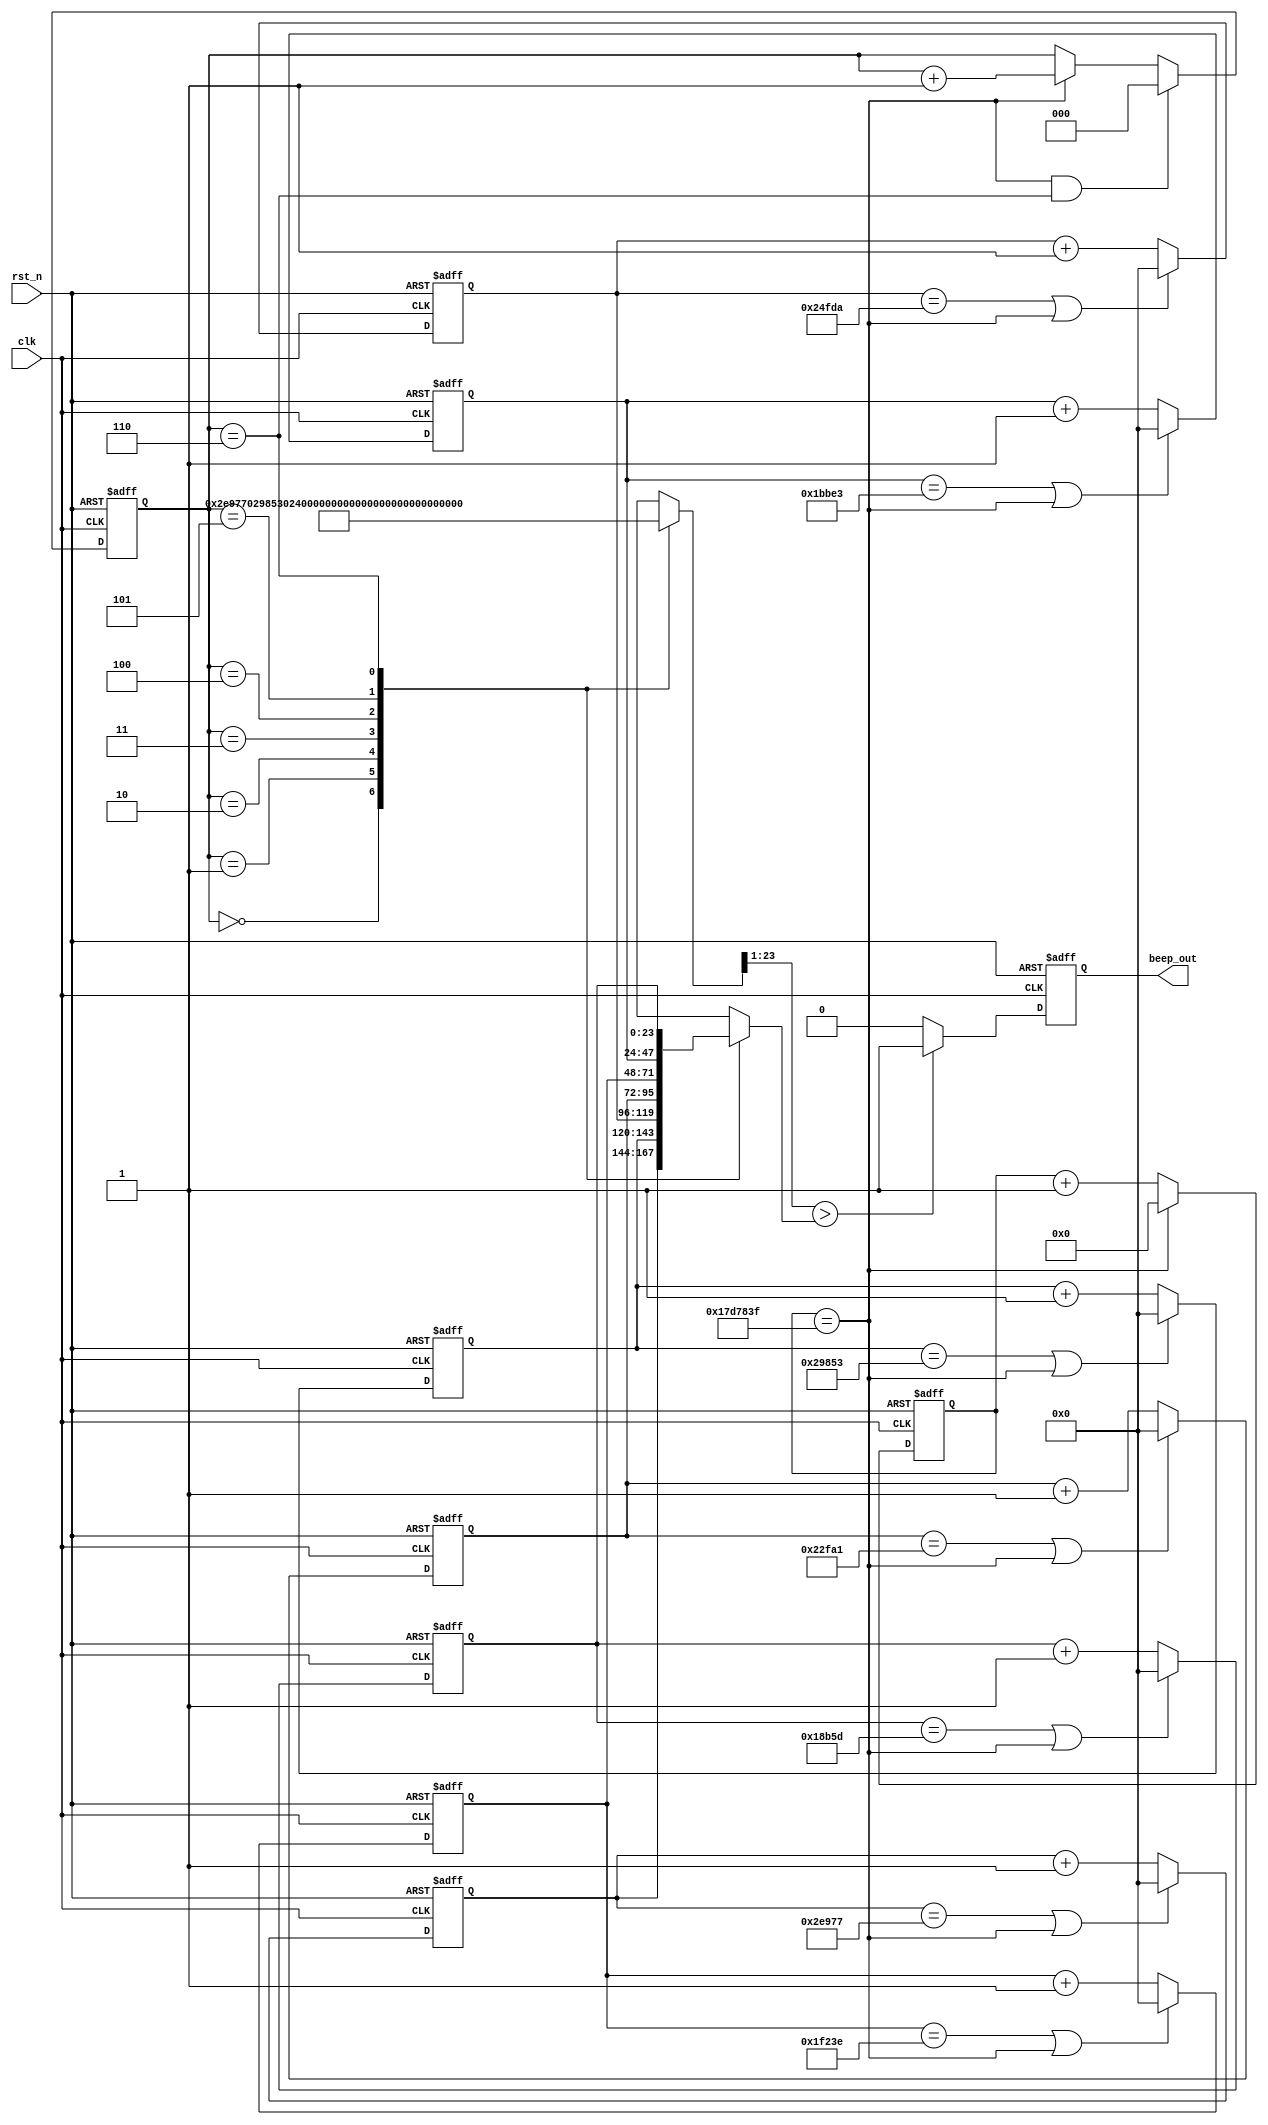
module B_F 
#(
	parameter max = 32'd24_999_999
)
(
	input clk,
	input rst_n,
	output reg beep_out
);

	reg [31:0] cnt;
	reg [2:0] cnt_500ms;
	reg [23:0] beep_flag [6:0];

	wire [23:0] beep_option[6:0];
	assign beep_option[0] = 24'd190840 - 24'd1;
	assign beep_option[1] = 24'd170068 - 24'd1;
	assign beep_option[2] = 24'd151515 - 24'd1;
	assign beep_option[3] = 24'd143266 - 24'd1; 
	assign beep_option[4] = 24'd127551 - 24'd1;
	assign beep_option[5] = 24'd113636 - 24'd1;
	assign beep_option[6] = 24'd101214 - 24'd1; 


	/*20ns0.5s*/
	always @(posedge clk or negedge rst_n) begin
		if(~rst_n) begin
			cnt <= 32'd0;
		end else if(cnt == max) begin
			cnt <= 32'd0;
		end else begin
			cnt <= cnt + 32'd1;
		end
	end

	/*cnt_500ms0.5s*/
	always @(posedge clk or negedge rst_n) begin
		if(~rst_n) begin
			cnt_500ms <= 3'd0;
		end else if(cnt == max && cnt_500ms == 3'd6) begin
			cnt_500ms <= 3'd0;
		end else if(cnt == max) begin
			cnt_500ms <= cnt_500ms + 3'd1;
		end else begin
			cnt_500ms <= cnt_500ms;
		end
	end


	//
	//0.5s
	genvar i;
	generate for(i = 0; i < 7; i = i + 1) begin : for_buzzer
		always @(posedge clk or negedge rst_n) begin
			if(~rst_n) begin
				beep_flag[i] <= 24'd0;
			end else if(beep_flag[i] == beep_option[i] || cnt == max) begin
				beep_flag[i] <= 24'd0;
			end else begin
				beep_flag[i] <= beep_flag[i] + 24'd1;
			end
		end	
	end endgenerate



	/**/
	always @(posedge clk or negedge rst_n) begin
			if(~rst_n) begin
				beep_out <= 1'd0;
			end else if((beep_option[cnt_500ms] >> 1) > beep_flag[cnt_500ms]) begin
				beep_out <= 1'd1;	//cnt_500msconstant
			end else begin
				beep_out <= 1'd0;
			end
	end


endmodule